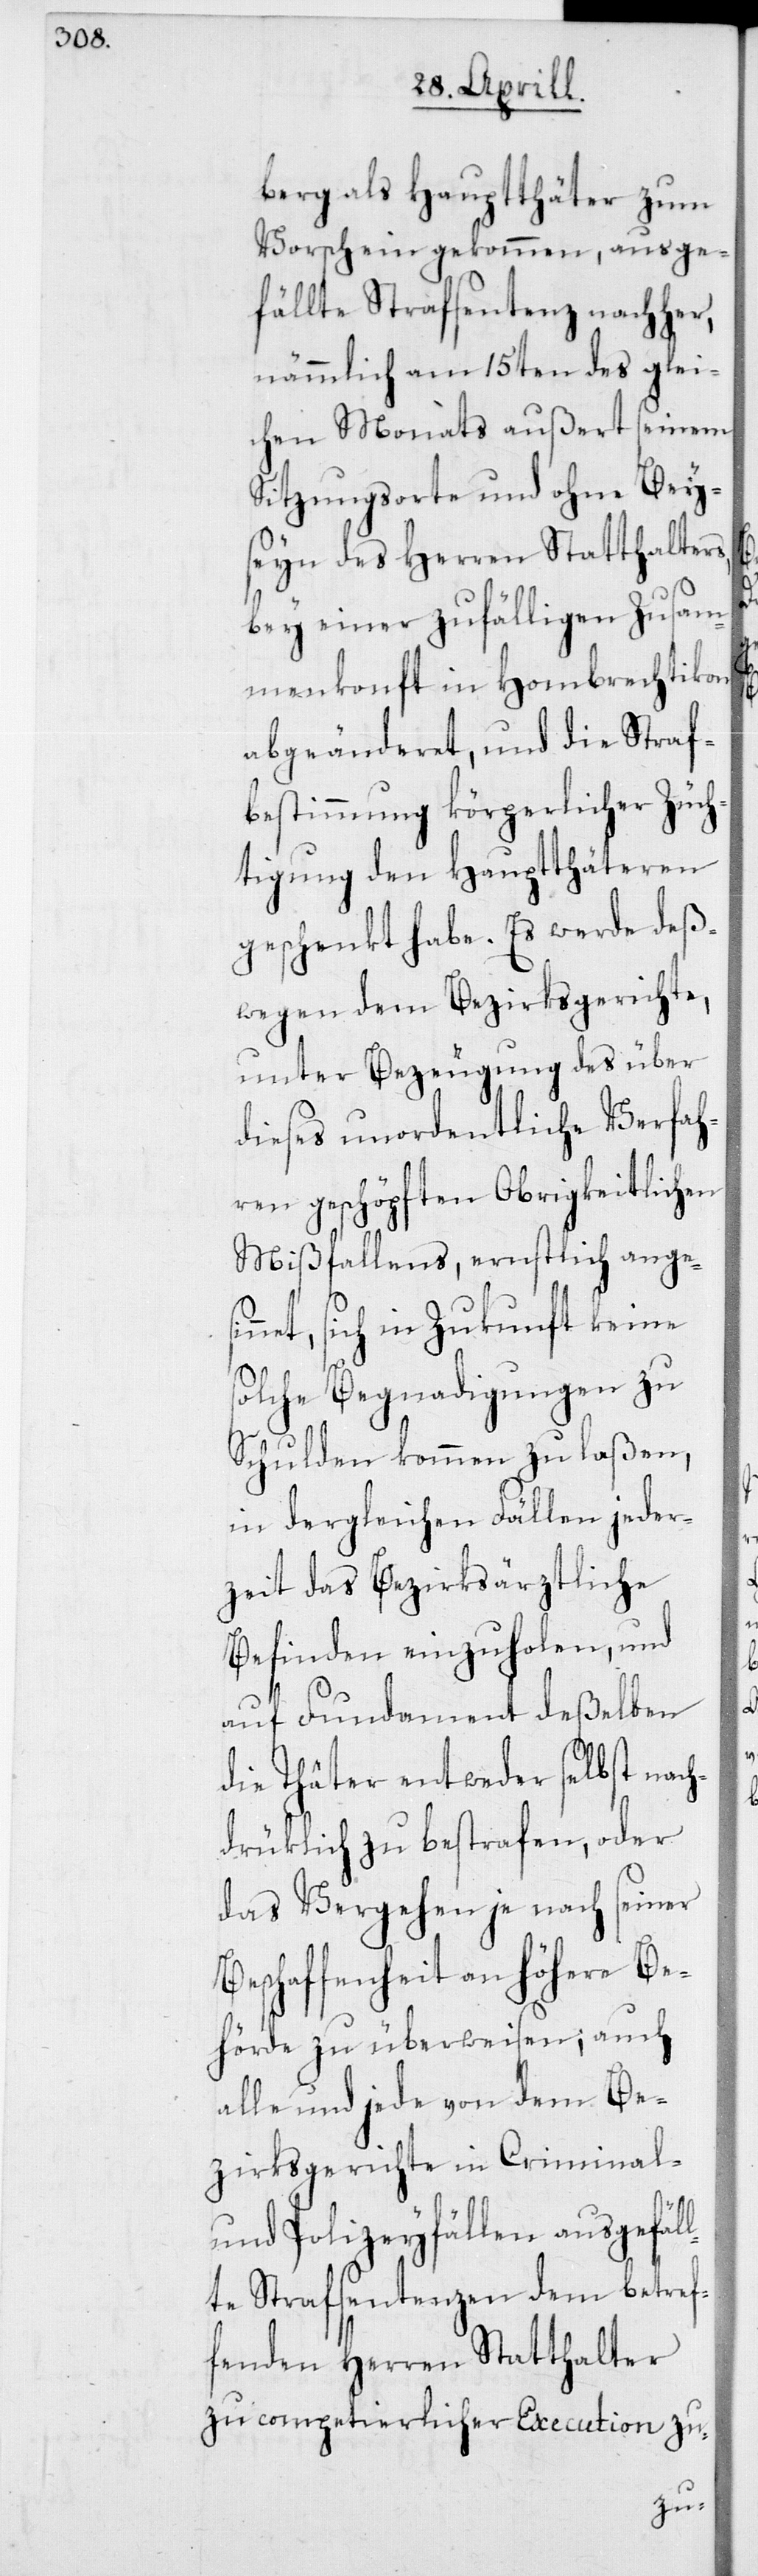
berg als Hauptthäter zum
Vorschein gekommen, ausge¬
fällte Strafsentenz nachher,
nämmlich am 15ten des glei¬
chen Monats außert seinem
Sitzungsorte und ohne Bey¬
seyn des Herren Statthalters,
bey einer zufälligen Zusam¬
menkonft in Hombrechtikon
abgeänderet, und die Straf¬
bestimmung körperlicher Züch¬
tigung den Hauptthäteren
geschenkt habe. Es werde deß¬
wegen dem Bezirksgerichte,
unter Bezeugung des über
dieses unordentliche Verfah¬
ren geschöpften Obrigkeitlichen
Mißfallens, ernstlich angesi¬
nnet, sich in Zukunft keine
solche Begnadigungen zu
Schulden kommen zu laßen,
in dergleichen Fällen jeder¬
zeit das Bezirksärztliche
Befinden einzuholen, und
auf Fundament deßelben
die Thäter entweder selbst nac¬
hdrüklich zu bestrafen, oder
das Vergehen je nach seiner
Beschaffenheit an höhere Be¬
hörde zu überweisen, auch
alle und jede von dem Be¬
zirksgerichte in Criminal-
und Polizeyfällen ausgefäl¬
lte Strafsentenzen dem betref¬
fenden Herren Statthalter
zu competierlichen Execution zu-